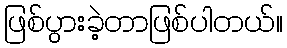
ဖြစ်ပွားခဲ့တာဖြစ်ပါတယ်။